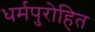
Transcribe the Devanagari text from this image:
धर्मपुरोहित